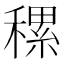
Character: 𥡜